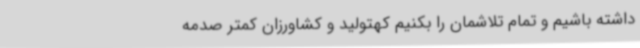
داشته باشیم و تمام تلاشمان را بکنیم کهتولید و کشاورزان کمتر صدمه